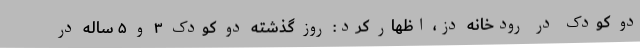
دو کودک در رودخانه دز، اظهار کرد: روز گذشته دو کودک ٣ و ۵ ساله در